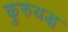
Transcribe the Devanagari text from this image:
कुरुयद्ध